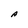
Character: A